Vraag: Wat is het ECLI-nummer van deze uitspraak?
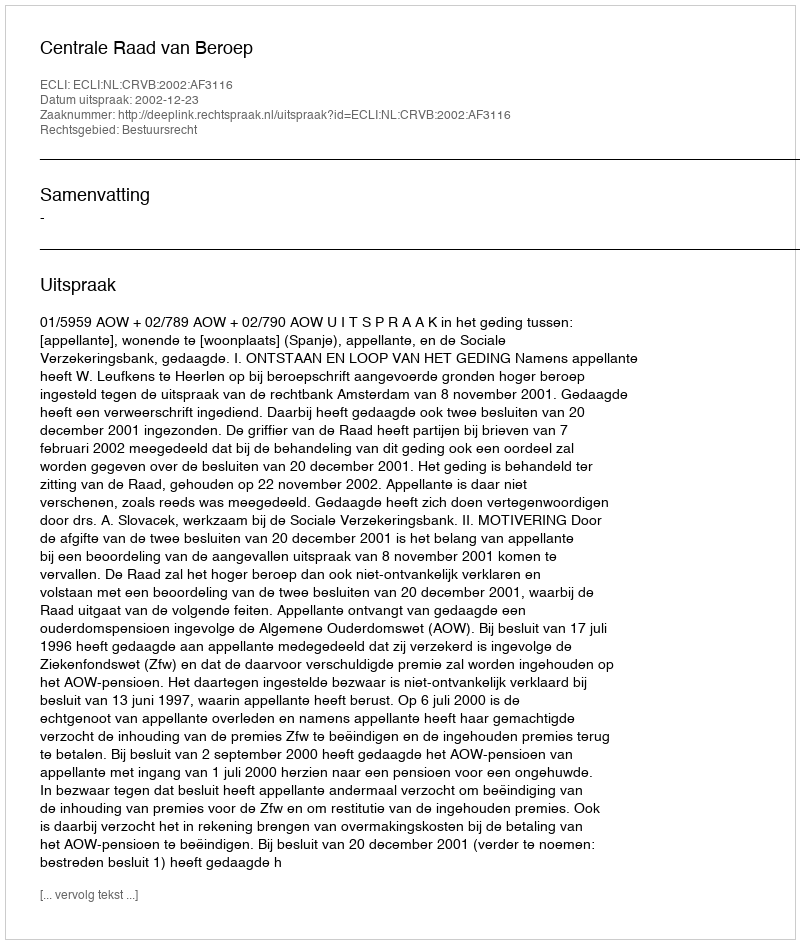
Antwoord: ECLI:NL:CRVB:2002:AF3116